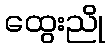
ထွေးညို